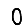
Digit: 0